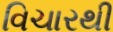
વિચારથી